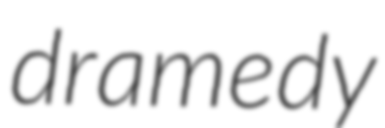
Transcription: dramedy